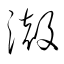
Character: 澈